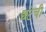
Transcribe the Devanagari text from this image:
छटेची